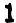
1